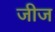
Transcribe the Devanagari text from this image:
जीज